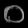
Digit: ၀